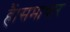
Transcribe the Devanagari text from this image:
हैं।समाचार